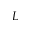
L